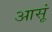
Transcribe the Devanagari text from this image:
आसूं